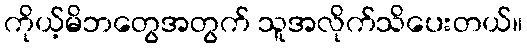
ကိုယ့်မိဘတွေအတွက် သူအလိုက်သိပေးတယ်။